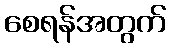
စေရန်အတွက်